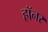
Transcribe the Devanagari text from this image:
हॉनर